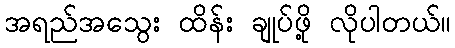
အရည်အသွေး ထိန်း ချုပ်ဖို့ လိုပါတယ်။